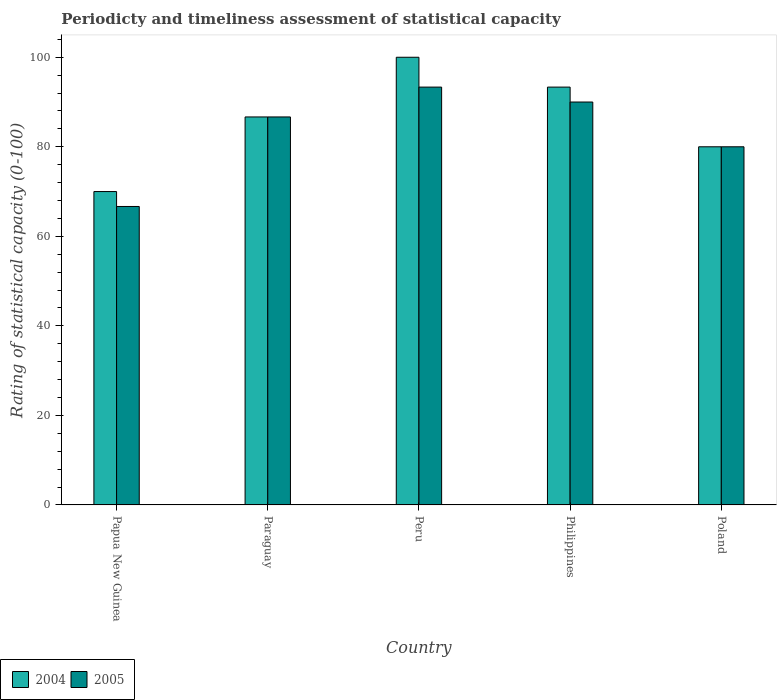
| Country | 2004 | 2005 |
 | --- | --- | --- |
 | Papua New Guinea | 70 | 66.7 |
 | Paraguay | 86.7 | 86.7 |
 | Peru | 100 | 93.3 |
 | Philippines | 93.3 | 90 |
 | Poland | 80 | 80 |